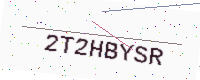
Text: 2T2HBYSR